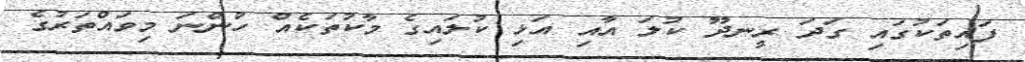
ފައިތަކުގައި ގަދަ ރީނދޫ ކުލަ އާއި އަޅި ކުލައިގެ މާކުތަކެއް ހުންނަ މިވައްތަރުގެ